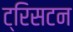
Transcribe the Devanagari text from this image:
ट्रिसटन